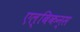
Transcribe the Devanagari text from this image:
एल्बिकन्स